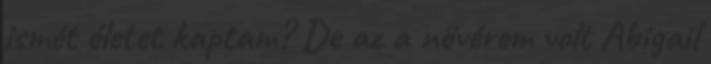
ismét életet kaptam? De az a nővérem volt Abigail